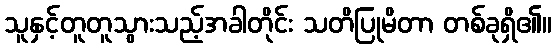
သူနှင့်တူတူသွားသည့်အခါတိုင်း သတိပြုမိတာ တစ်ခုရှိ၏။